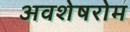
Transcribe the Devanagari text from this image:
अवशेषरोम